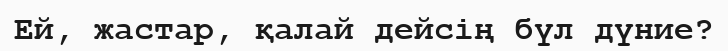
Ей, жастар, қалай дейсің бүл дүние?